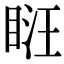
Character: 𥆚